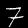
Label: 7